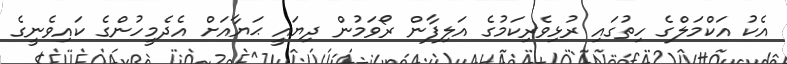
އެކު އަކްމަލްގެ ހިތުގައި ރުޅިވެރިކަމުގެ އަލިފާން ރޯވަމުން ދިޔައީ ޙަޔާއަށް އެދެމީހުންގެ ކައިވެނީގެ